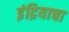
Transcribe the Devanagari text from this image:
इंद्रियाचा